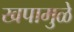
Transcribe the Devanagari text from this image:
खपामुळे